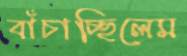
বাঁচাচ্ছিলেম